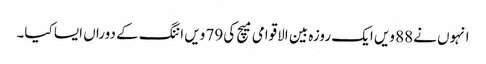
انہوں نے88 ویں ایک روزہ بین الاقوامی میچ کی79 ویں اننگ کے دوراں ایسا کیا۔